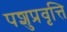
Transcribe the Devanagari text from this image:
पशुप्रवृत्ति